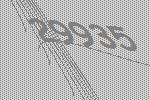
29935